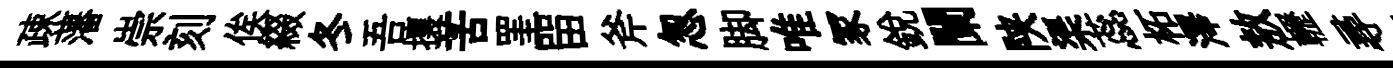
疎藩崇刻俟綴冬吾攘苦罣㽞斧怱脚唯冢銳闌陕渠蕊柘澤敖轣尋趨